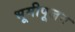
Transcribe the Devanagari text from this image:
भूमीपूजन